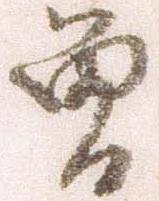
曽